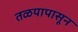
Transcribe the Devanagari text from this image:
तळयापासून